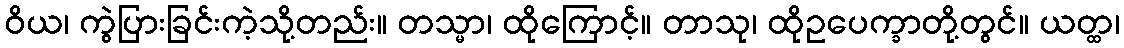
ဝိယ၊ ကွဲပြားခြင်းကဲ့သို့တည်း။ တသ္မာ၊ ထိုကြောင့်။ တာသု၊ ထိုဥပေက္ခာတို့တွင်။ ယတ္ထ၊